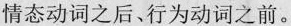
情态动词之后、行为动词之前。